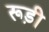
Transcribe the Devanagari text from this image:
रूड़ी